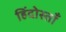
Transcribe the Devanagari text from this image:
हिंदोस्ताँ